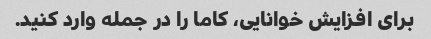
برای افزایش خوانایی، کاما را در جمله وارد کنید.